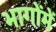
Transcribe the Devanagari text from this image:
भागोंमें